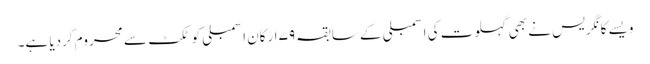
ویسے کانگریس نے بھی گہلوت کی اسمبلی کے سابقہ ۷۹ ارکان اسمبلی کو ٹکٹ سے محروم کردیا ہے۔